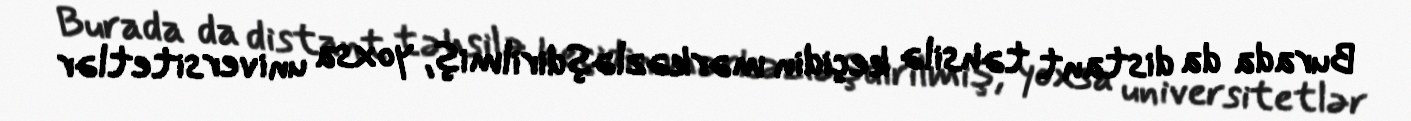
Burada da distant təhsilə keçidin mərkəzləşdirilmiş, yoxsa universitetlər